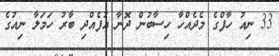
33 ނިއު ހާފްގެ މެދެއްހާ ހިސާބުން ދޮނާ އުފެއްދި ބާރު ހަމަލާ ނިއުގެ